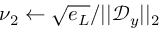
\nu _ { 2 } \leftarrow \sqrt { e _ { L } } / | | \mathcal { D } _ { y } | | _ { 2 }